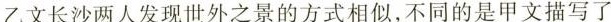
乙文长沙两人发现世外之景的方式相似，不同的是甲文描写了